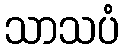
သာသပံ